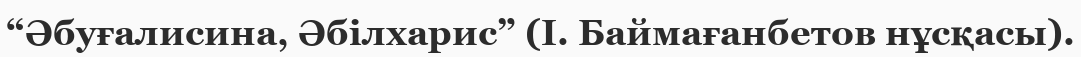
“Әбуғалисина, Әбілхарис” (І. Баймағанбетов нұсқасы).